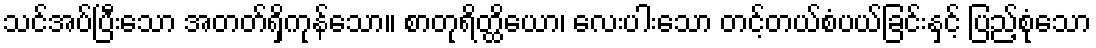
သင်အပ်ပြီးသော အတတ်ရှိကုန်သော။ စာတုရိတ္ထိယော၊ လေးပါးသော တင့်တယ်စံပယ်ခြင်းနှင့် ပြည့်စုံသော